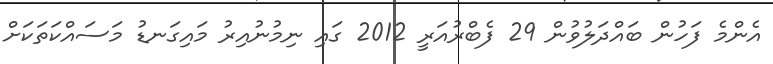
އެންމެ ފަހުން ބައްދަލުވުން 29 ފެބްރުއަރީ 2012 ގައި ނިމުނުއިރު މައިގަނޑު މަސައްކަތަކަށް